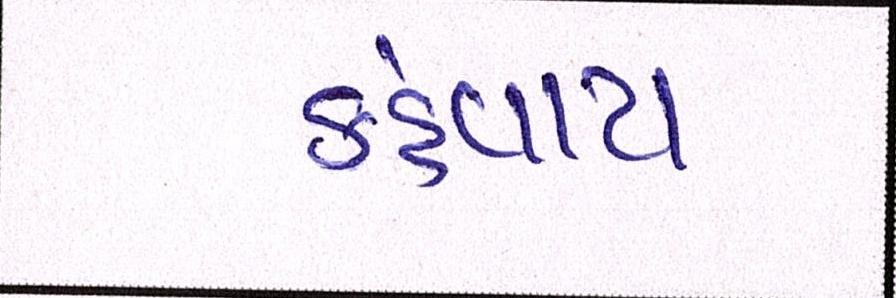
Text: કહેવાય